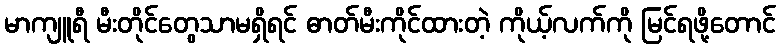
မာကျူရီ မီးတိုင်တွေသာမရှိရင် ဓာတ်မီးကိုင်ထားတဲ့ ကိုယ့်လက်ကို မြင်ရဖို့တောင်